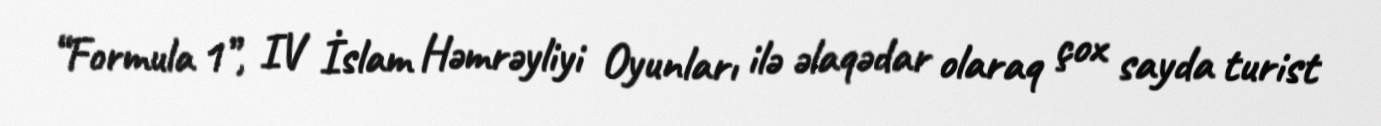
“Formula 1”, IV İslam Həmrəyliyi Oyunları ilə əlaqədar olaraq çox sayda turist